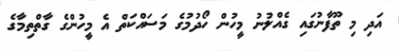
އަދި މި ތޫފާނުގައި ގެއްލުނު މީހުން ހޯދުމުގެ މަސައްކަތް އެ މީހުންގެ ގާތްތިމާގެ